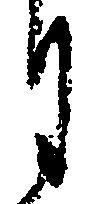
月